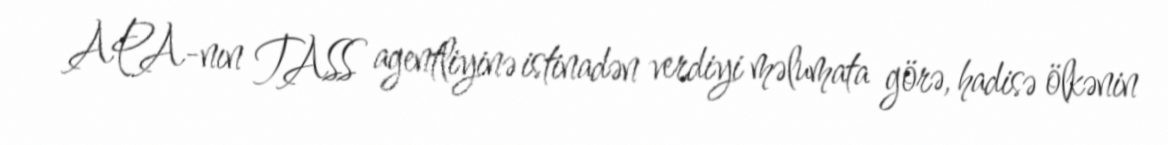
APA-nın TASS agentliyinə istinadən verdiyi məlumata görə, hadisə ölkənin